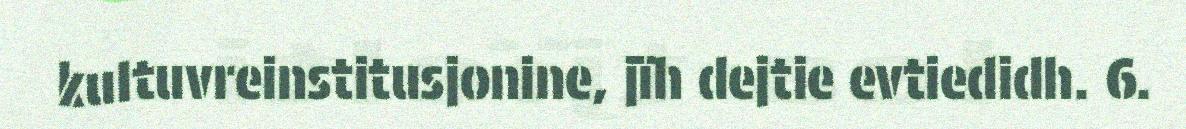
kultuvreinstitusjonine, jïh dejtie evtiedidh. 6.